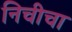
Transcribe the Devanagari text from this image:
निचीचा